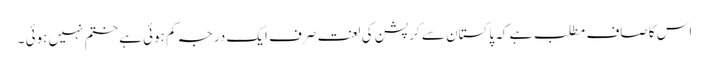
اس کا صاف مطلب ہے کہ پاکستان سے کرپشن کی لعنت صرف ایک درجہ کم ہوئی ہے ختم نہیں ہوئی ۔